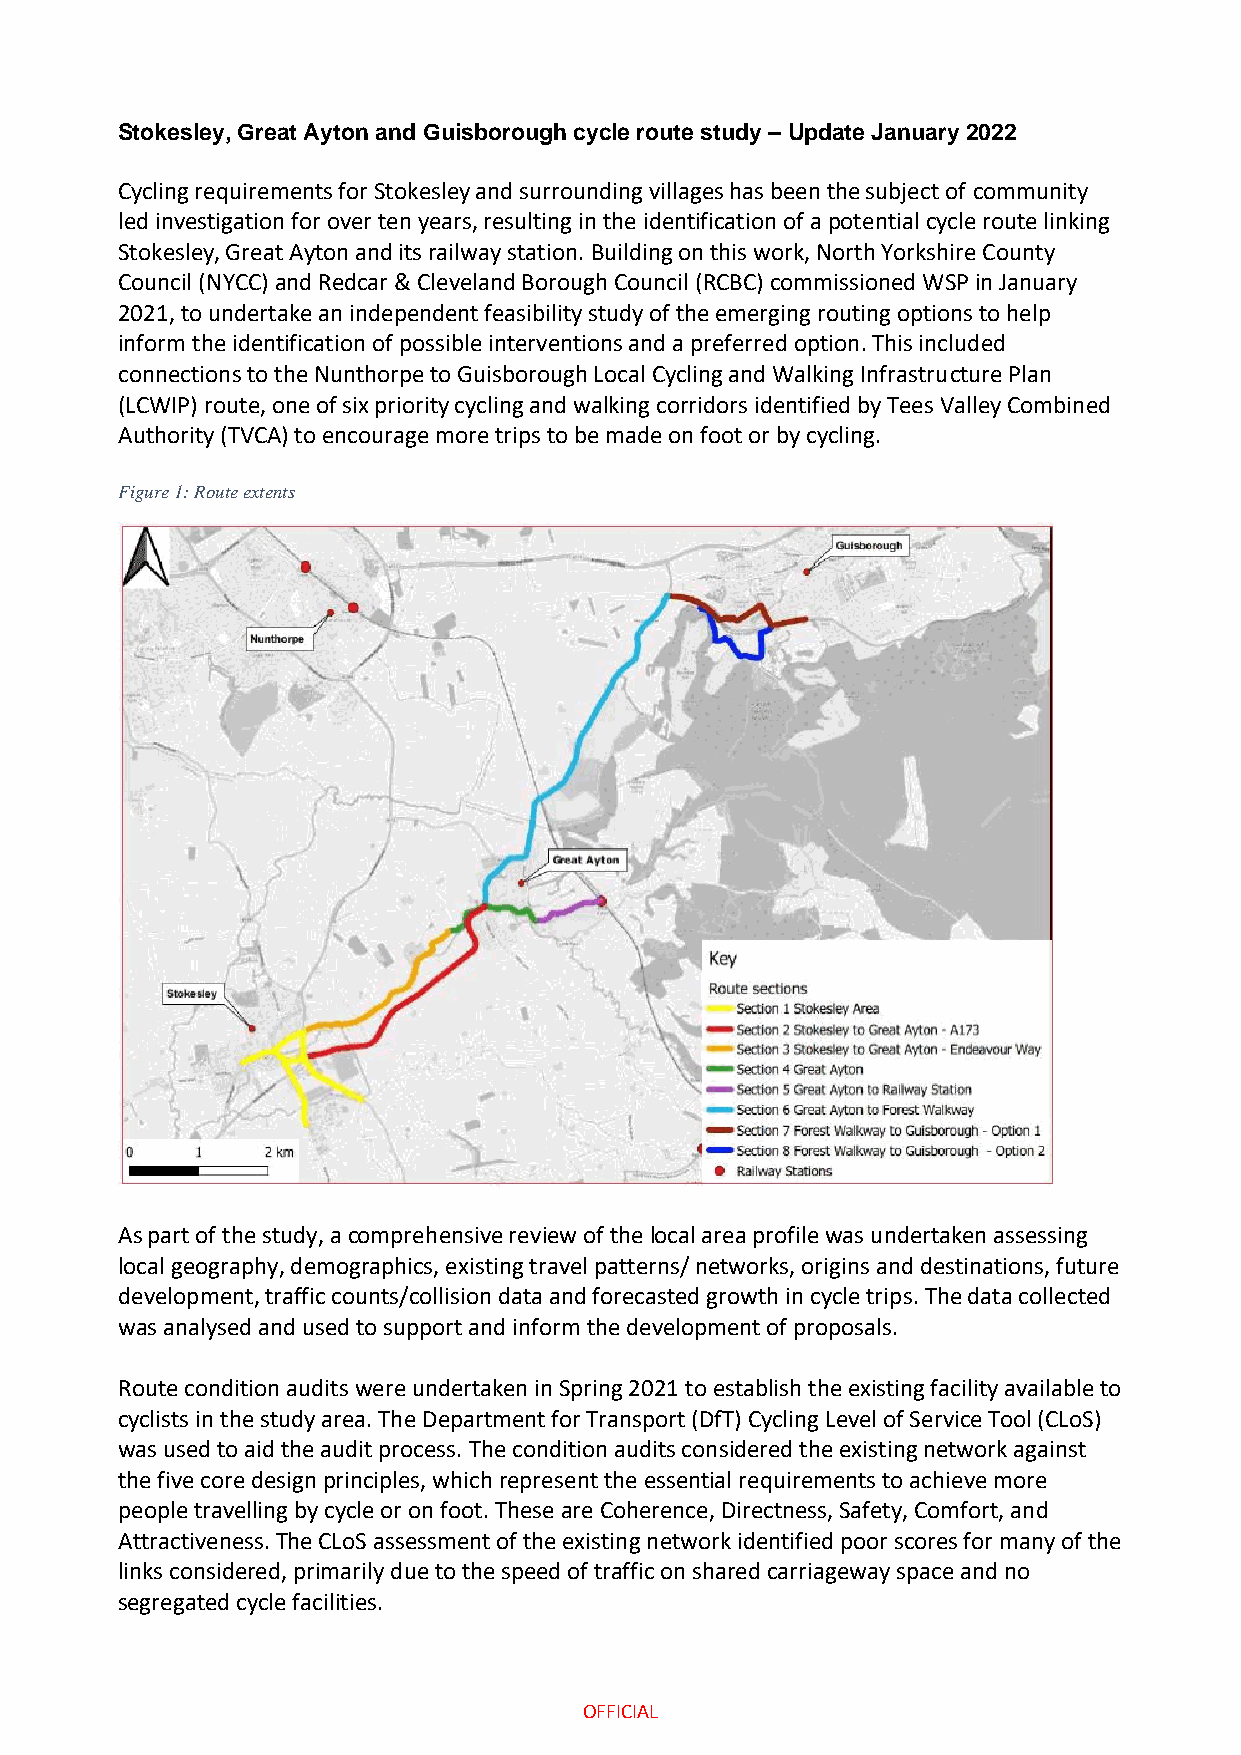
Stokesley, Great Ayton and Guisborough cycle route study – Update January 2022
 Cycling requirements for Stokesley and surrounding villages has been the subject of community
 led investigation for over ten years, resulting in the identification of a potential cycle route linking
 Stokesley, Great Ayton and its railway station. Building on this work, North Yorkshire County
 Council (NYCC) and Redcar & Cleveland Borough Council (RCBC) commissioned WSP in January
 2021, to undertake an independent feasibility study of the emerging routing options to help
 inform the identification of possible interventions and a preferred option. This included
 connections to the Nunthorpe to Guisborough Local Cycling and Walking Infrastructure Plan
 (LCWIP) route, one of six priority cycling and walking corridors identified by Tees Valley Combined
 Authority (TVCA) to encourage more trips to be made on foot or by cycling.
 Figure 1: Route extents
 As part of the study, a comprehensive review of the local area profile was undertaken assessing
 local geography, demographics, existing travel patterns/ networks, origins and destinations, future
 development, traffic counts/collision data and forecasted growth in cycle trips. The data collected
 was analysed and used to support and inform the development of proposals.
 Route condition audits were undertaken in Spring 2021 to establish the existing facility available to
 cyclists in the study area. The Department for Transport (DfT) Cycling Level of Service Tool (CLoS)
 was used to aid the audit process. The condition audits considered the existing network against
 the five core design principles, which represent the essential requirements to achieve more
 people travelling by cycle or on foot. These are Coherence, Directness, Safety, Comfort, and
 Attractiveness. The CLoS assessment of the existing network identified poor scores for many of the
 links considered, primarily due to the speed of traffic on shared carriageway space and no
 segregated cycle facilities.
 OFFICIAL